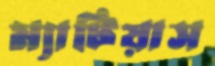
ম্যাটিয়াস